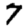
Digit: 7